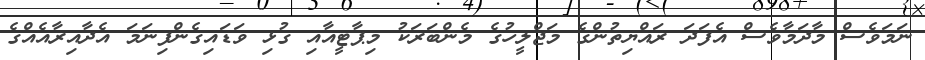
ނަމަވެސް މާދަމާވެސް އެފަދަ ރައްޔިތުންގެ މަޖްލީހުގެ މެންބަރަކު މިޕާޓީއާއި ގުޅި ވަޑައިގެންފިނަމަ އެދާއިރާއެއްގެ